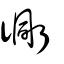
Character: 衕